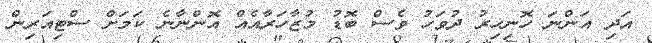
އަދި އަންނަ ހޮނިހިރު ދުވަހު ވެސް ބޮޑު މުޒާހަރާއެއް އޮންނާނެ ކަމަށް ސްޓިއަރިން